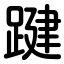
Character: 踺